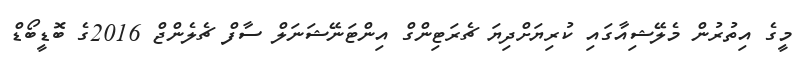
މީގެ އިތުރުން މެލޭޝިއާގައި ކުރިޔަށްދިޔަ ޗެރަޓިންގް އިންޓަނޭޝަނަލް ސާފް ޗެލެންޖް 2016ގެ ބޮޑީބޯޑް